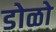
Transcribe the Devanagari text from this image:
डोळो